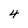
Character: 4